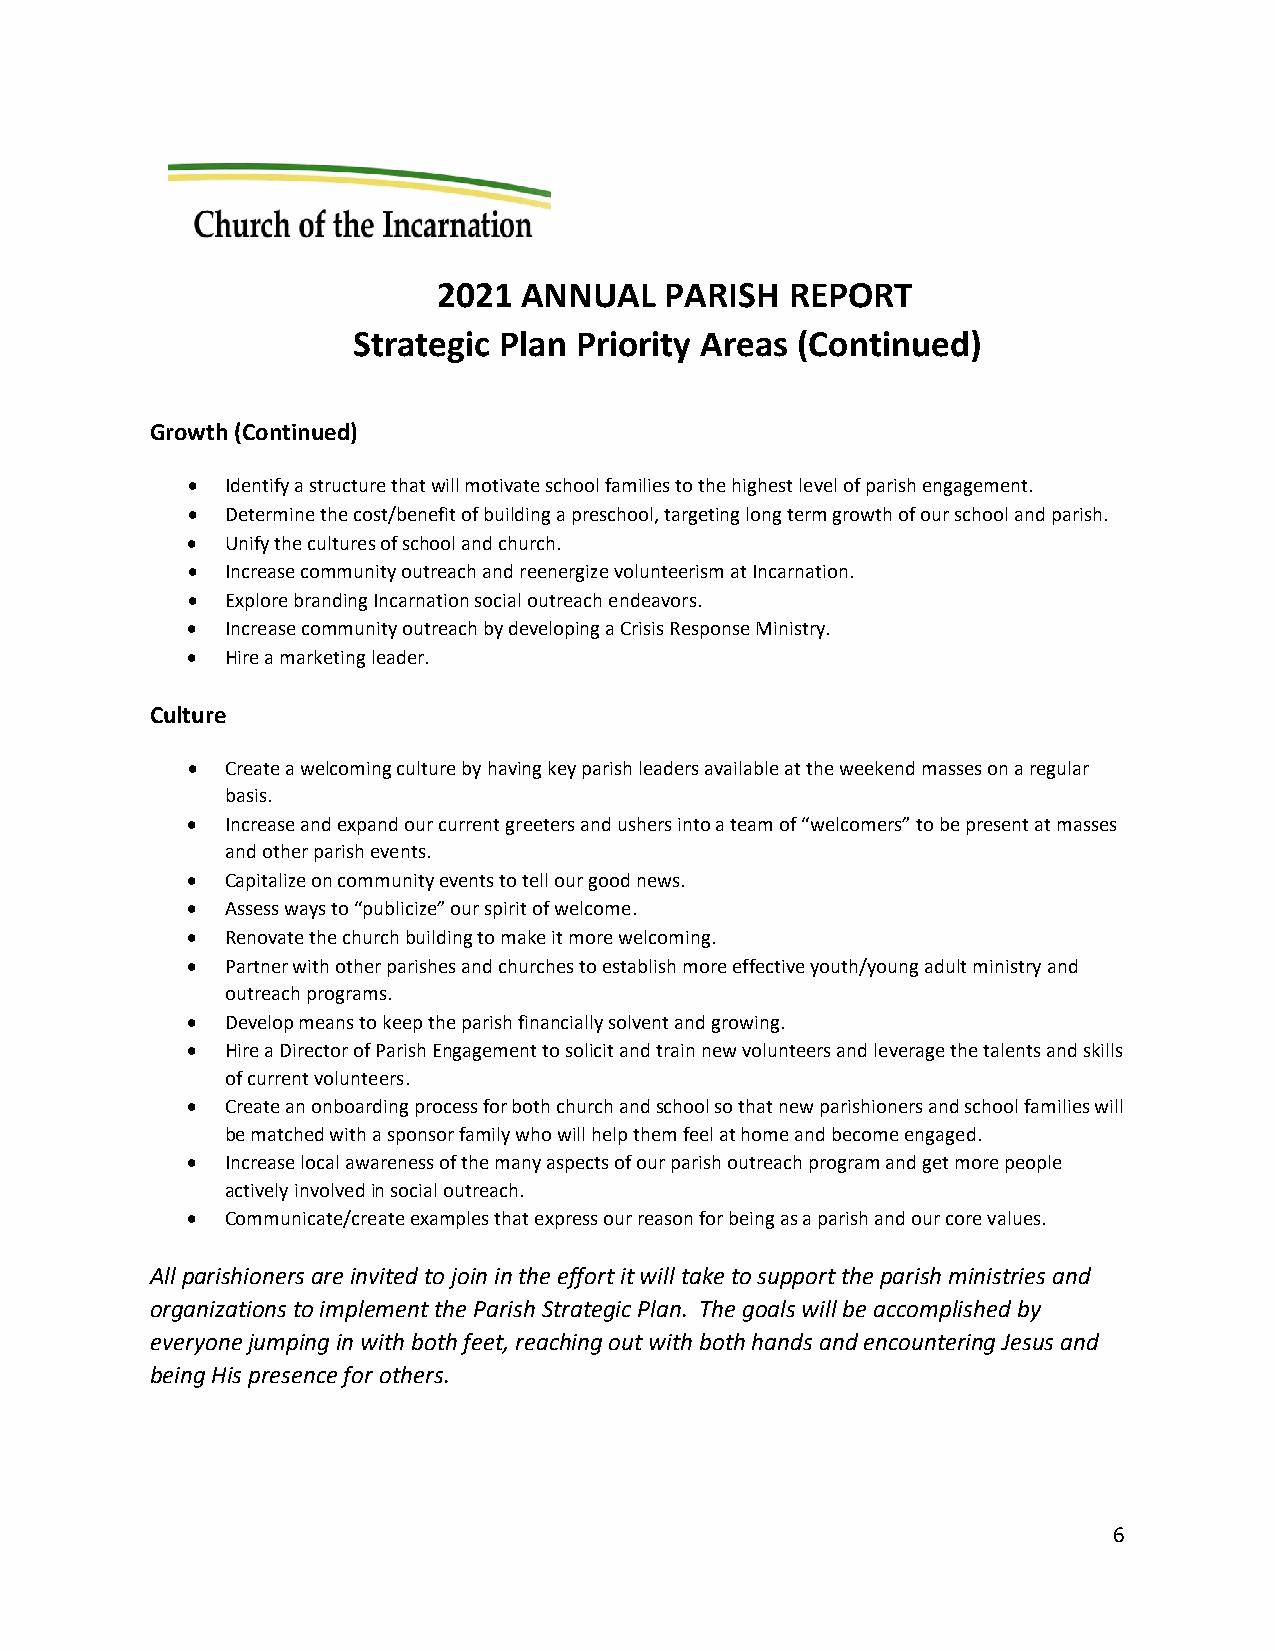
2021  ANNUAL   PARISH  REPORT
 Strategic Plan Priority Areas (Continued)
 Growth (Continued)
 •  Identify a structure that will motivate school families to the highest level of parish engagement.
 •  Determine the cost/benefit of building a preschool, targeting long term growth of our school and parish.
 •  Unify the cultures of school and church.
 •  Increase community outreach and reenergize volunteerism at Incarnation.
 •  Explore branding Incarnation social outreach endeavors.
 •  Increase community outreach by developing a Crisis Response Ministry.
 •  Hire a marketing leader.
 Culture
 •  Create a welcoming culture by having key parish leaders available at the weekend masses on a regular
 basis.
 •  Increase and expand our current greeters and ushers into a team of “welcomers” to be present at masses
 and other parish events.
 •  Capitalize on community events to tell our good news.
 •  Assess ways to “publicize” our spirit of welcome.
 •  Renovate the church building to make it more welcoming.
 •  Partner with other parishes and churches to establish more effective youth/young adult ministry and
 outreach programs.
 •  Develop means to keep the parish financially solvent and growing.
 •  Hire a Director of Parish Engagement to solicit and train new volunteers and leverage the talents and skills
 of current volunteers.
 •  Create an onboarding process for both church and school so that new parishioners and school families will
 be matched with a sponsor family who will help them feel at home and become engaged.
 •  Increase local awareness of the many aspects of our parish outreach program and get more people
 actively involved in social outreach.
 •  Communicate/create examples that express our reason for being as a parish and our core values.
 All parishioners are invited to join in the effort it will take to support the parish ministries and
 organizations to implement the Parish Strategic Plan. The goals will be accomplished by
 everyone jumping in with both feet, reaching out with both hands and encountering Jesus and
 being His presence for others.
 6